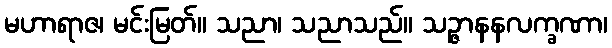
မဟာရာဇ၊ မင်းမြတ်။ သညာ၊ သညာသည်။ သဉ္ဇာနနလက္ခဏာ၊